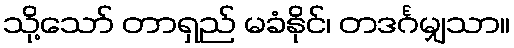
သို့သော် တာရှည် မခံနိုင်၊ တဒင်္ဂမျှသာ။